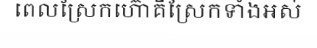
ពេលស្រែកហ៊ោគឺស្រែកទាំងអស់